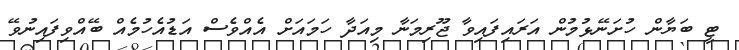
ޓީ ބަޔާން ހުށަނޭޅުމުން އަރައިފައިވާ ޖޫރިމަނާ މިއަދާ ހަމައަށް އެއްވެސް އަޑުއެހުމެއް ބޭއްވިފައިނުވޭ